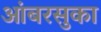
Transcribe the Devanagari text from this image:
आंबरसुका